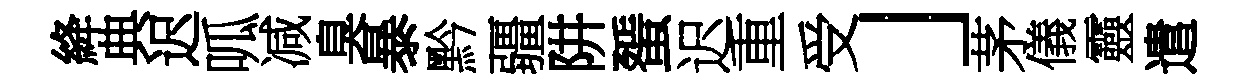
絳典迟呱减臭暴黔疆阱蜑迟重受」茅儀靈遣